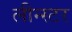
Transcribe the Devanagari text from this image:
लीन्स्टर